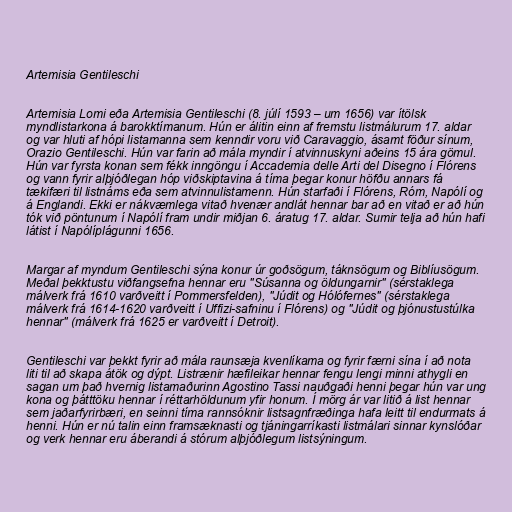
Artemisia Gentileschi

Artemisia Lomi eða Artemisia Gentileschi (8. júlí 1593 – um 1656) var ítölsk
myndlistarkona á barokktímanum. Hún er álitin einn af fremstu listmálurum 17. aldar
og var hluti af hópi listamanna sem kenndir voru við Caravaggio, ásamt föður sínum,
Orazio Gentileschi. Hún var farin að mála myndir í atvinnuskyni aðeins 15 ára gömul.
Hún var fyrsta konan sem fékk inngöngu í Accademia delle Arti del Disegno í Flórens
og vann fyrir alþjóðlegan hóp viðskiptavina á tíma þegar konur höfðu annars fá
tækifæri til listnáms eða sem atvinnulistamenn. Hún starfaði í Flórens, Róm, Napólí og
á Englandi. Ekki er nákvæmlega vitað hvenær andlát hennar bar að en vitað er að hún
tók við pöntunum í Napólí fram undir miðjan 6. áratug 17. aldar. Sumir telja að hún hafi
látist í Napólíplágunni 1656.

Margar af myndum Gentileschi sýna konur úr goðsögum, táknsögum og Biblíusögum.
Meðal þekktustu viðfangsefna hennar eru "Súsanna og öldungarnir" (sérstaklega
málverk frá 1610 varðveitt í Pommersfelden), "Júdit og Hólófernes" (sérstaklega
málverk frá 1614-1620 varðveitt í Uffizi-safninu í Flórens) og "Júdit og þjónustustúlka
hennar" (málverk frá 1625 er varðveitt í Detroit).

Gentileschi var þekkt fyrir að mála raunsæja kvenlíkama og fyrir færni sína í að nota
liti til að skapa átök og dýpt. Listrænir hæfileikar hennar fengu lengi minni athygli en
sagan um það hvernig listamaðurinn Agostino Tassi nauðgaði henni þegar hún var ung
kona og þátttöku hennar í réttarhöldunum yfir honum. Í mörg ár var litið á list hennar
sem jaðarfyrirbæri, en seinni tíma rannsóknir listsagnfræðinga hafa leitt til endurmats á
henni. Hún er nú talin einn framsæknasti og tjáningarríkasti listmálari sinnar kynslóðar
og verk hennar eru áberandi á stórum alþjóðlegum listsýningum.